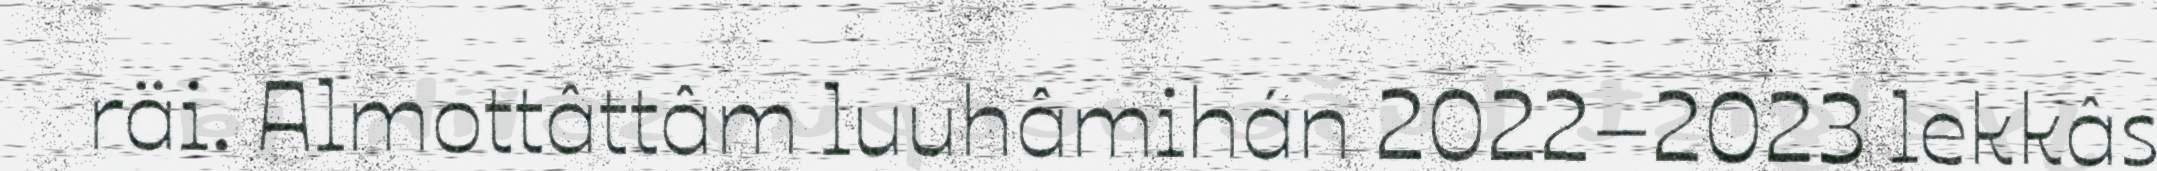
räi. Almottâttâm luuhâmihán 2022–2023 lekkâs